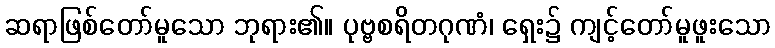
ဆရာဖြစ်တော်မူသော ဘုရား၏။ ပုဗ္ဗစရိတဂုဏံ၊ ရှေး၌ ကျင့်တော်မူဖူးသော